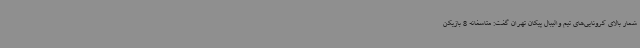
شمار بالای کرونایی‌های تیم‌ والیبال پیکان تهران گفت: متاسفانه 8 بازیکن